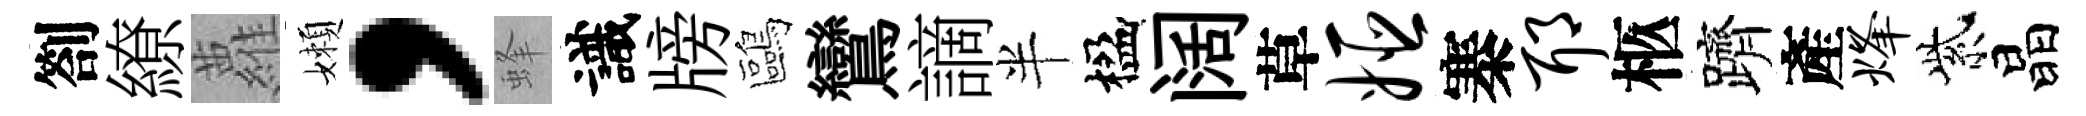
劄繚蘿嬾，蜂識牓鷗鸞謫半楹阔草姬寨耶柩躋產烽紫晶